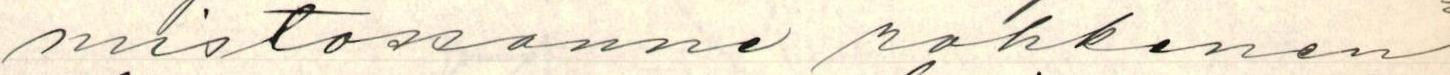
mistossanne rohkenen